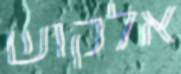
אלקוש